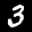
Label: 3